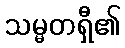
သမ္မတရှီ၏